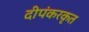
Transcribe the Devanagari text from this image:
दीपंकरकृत